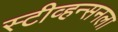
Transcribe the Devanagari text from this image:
स्टीव्हन्सनला